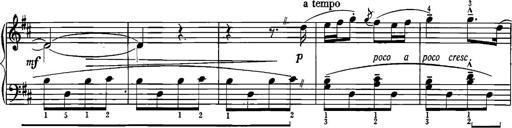
Title: Sonatina for Piano
Composer: BÃ©la BartÃ³k